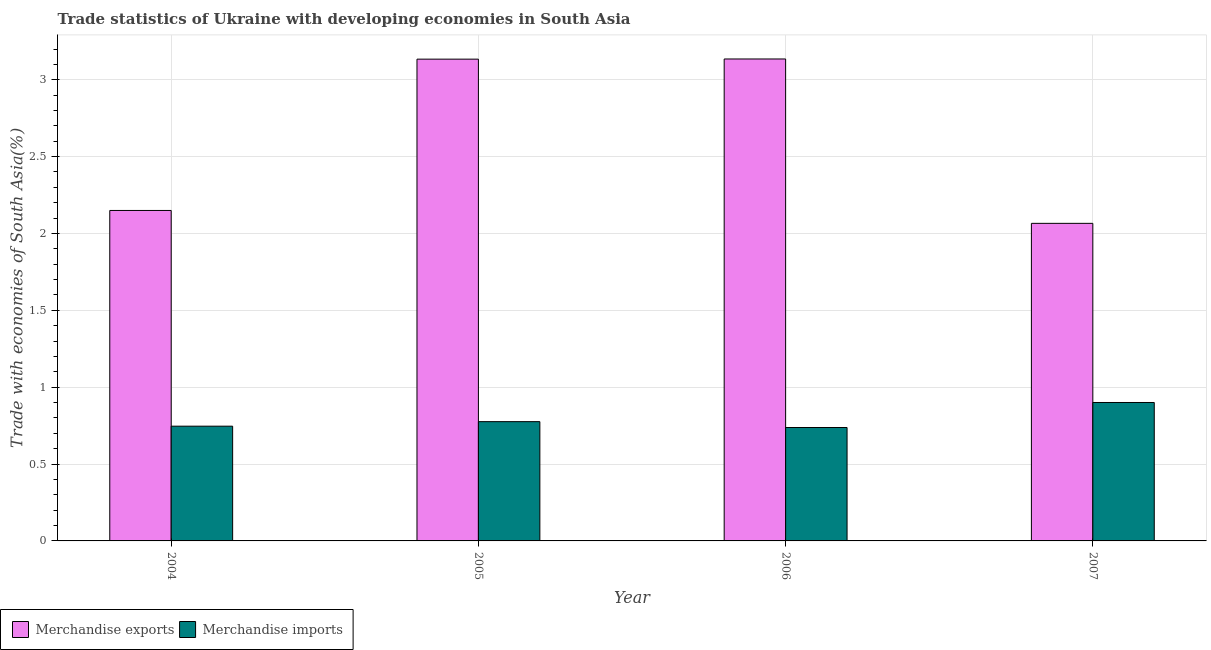
| Year | Merchandise exports | Merchandise imports |
 | --- | --- | --- |
 | 2004 | 2.15 | 0.746 |
 | 2005 | 3.13 | 0.776 |
 | 2006 | 3.14 | 0.738 |
 | 2007 | 2.07 | 0.901 |